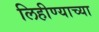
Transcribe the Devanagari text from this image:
लिहीण्याच्या